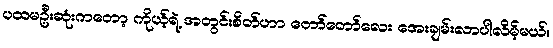
ပထမဦးဆုံးကတော့ ကိုယ့်ရဲ့ အတွင်းစိတ်ဟာ တော်တော်လေး အေးချမ်းလာပါလိမ့်မယ်။